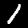
Label: 1